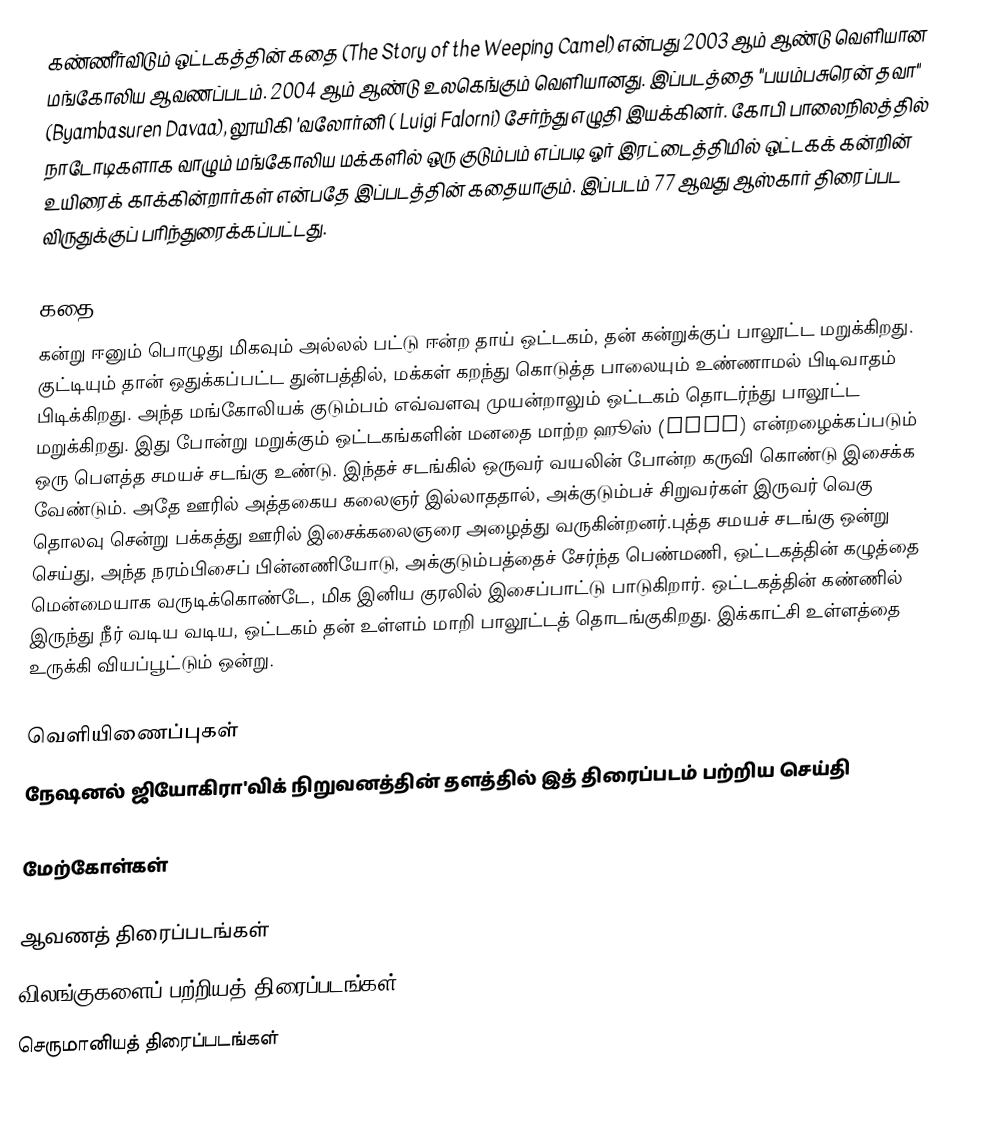
கண்ணீர்விடும் ஒட்டகத்தின் கதை (The Story of the Weeping Camel) என்பது 2003 ஆம் ஆண்டு வெளியான மங்கோலிய ஆவணப்படம். 2004 ஆம் ஆண்டு உலகெங்கும் வெளியானது. இப்படத்தை "பயம்பசுரென் தவா" (Byambasuren Davaa), லூயிகி 'வலோர்னி ( Luigi Falorni) சேர்ந்து எழுதி இயக்கினர். கோபி பாலைநிலத்தில் நாடோடிகளாக வாழும் மங்கோலிய மக்களில் ஒரு குடும்பம் எப்படி ஓர் இரட்டைத்திமில் ஒட்டகக் கன்றின் உயிரைக் காக்கின்றார்கள் என்பதே இப்படத்தின் கதையாகும். இப்படம் 77 ஆவது ஆஸ்கார் திரைப்பட விருதுக்குப் பரிந்துரைக்கப்பட்டது.

கதை
கன்று ஈனும் பொழுது மிகவும் அல்லல் பட்டு ஈன்ற தாய் ஒட்டகம், தன் கன்றுக்குப் பாலூட்ட மறுக்கிறது. குட்டியும் தான் ஒதுக்கப்பட்ட துன்பத்தில், மக்கள் கறந்து கொடுத்த பாலையும் உண்ணாமல் பிடிவாதம் பிடிக்கிறது. அந்த மங்கோலியக் குடும்பம் எவ்வளவு முயன்றாலும் ஒட்டகம் தொடர்ந்து பாலூட்ட மறுக்கிறது. இது போன்று மறுக்கும் ஒட்டகங்களின் மனதை மாற்ற ஹூஸ் (Hoos) என்றழைக்கப்படும் ஒரு பௌத்த சமயச் சடங்கு உண்டு. இந்தச் சடங்கில் ஒருவர் வயலின் போன்ற கருவி கொண்டு இசைக்க வேண்டும். அதே ஊரில் அத்தகைய கலைஞர் இல்லாததால், அக்குடும்பச் சிறுவர்கள் இருவர் வெகு தொலவு சென்று பக்கத்து ஊரில் இசைக்கலைஞரை அழைத்து வருகின்றனர்.புத்த சமயச் சடங்கு ஒன்று செய்து, அந்த நரம்பிசைப் பின்னணியோடு, அக்குடும்பத்தைச் சேர்ந்த பெண்மணி, ஒட்டகத்தின் கழுத்தை மென்மையாக வருடிக்கொண்டே, மிக இனிய குரலில் இசைப்பாட்டு பாடுகிறார். ஒட்டகத்தின் கண்ணில் இருந்து நீர் வடிய வடிய, ஒட்டகம் தன் உள்ளம் மாறி பாலூட்டத் தொடங்குகிறது. இக்காட்சி உள்ளத்தை உருக்கி வியப்பூட்டும் ஒன்று.

வெளியிணைப்புகள்
நேஷனல் ஜியோகிரா'விக் நிறுவனத்தின் தளத்தில் இத் திரைப்படம் பற்றிய செய்தி

மேற்கோள்கள்

ஆவணத் திரைப்படங்கள்
விலங்குகளைப் பற்றியத் திரைப்படங்கள்
செருமானியத் திரைப்படங்கள்